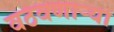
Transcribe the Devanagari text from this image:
वठवणार्‍या